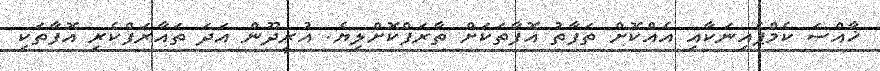
ޚާއްސަ ކެމްޕެއިނަކާއި އެއްކޮށް ތަފާތު އޮފާތަކަށް ތާރަފްކޮށްލިޔެ. އުރީދޫން އަދަ ތައާރަފްކެރި އޮފާތަކި